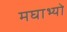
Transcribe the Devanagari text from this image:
मघाभ्यो